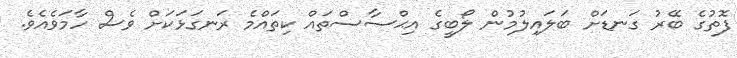
ފޮތުގެ ބޭރު ގަނޑަށް ބަލައިލުމުން ލޯބީގެ އިޙްސާސްތައް ކިތައްމެ ރަނގަޅަކަށް ވެސް ހާމަވެއެވެ.